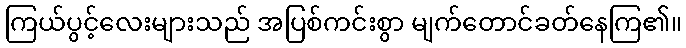
ကြယ်ပွင့်လေးများသည် အပြစ်ကင်းစွာ မျက်တောင်ခတ်နေကြ၏။